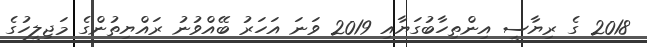
2018 ގެ ރިޔާސީ އިންތިހާބުގަޔާއި 2019 ވަނަ އަހަރު ބޭއްވުނު ރައްޔިތުންގެ މަޖިލީހުގެ